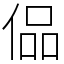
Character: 偘